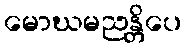
မောဃမညန္တိပေ